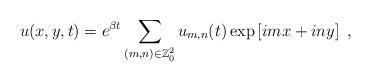
LaTeX: \begin{align*}u(x, y, t) = e^{\beta t} \sum_{(m,n)\in \mathbb{Z}^2_0} u_{m,n} (t) \exp \left [ i m x + i n y \right ] \ ,\end{align*}